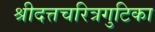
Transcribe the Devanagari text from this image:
श्रीदत्तचरित्रगुटिका